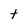
Character: t